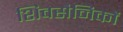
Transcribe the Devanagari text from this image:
शिवसैनिकों